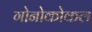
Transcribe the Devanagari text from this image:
गोनोकोकल